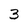
Character: 3